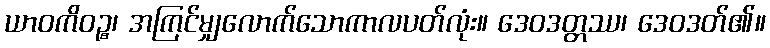
ယာဝကိဝဉ္စ၊ အကြင်မျှလောက်သောကာလပတ်လုံး။ ဒေဝဒတ္တဿ၊ ဒေဝဒတ်၏။